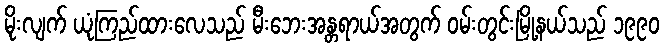
မိုးလျက် ယုံကြည်ထားလေသည် မီးဘေးအန္တရာယ်အတွက် ဝမ်းတွင်းမြို့နယ်သည် ၁၉၉၀